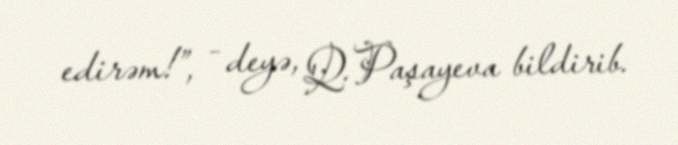
edirəm!”, - deyə, Q.Paşayeva bildirib.